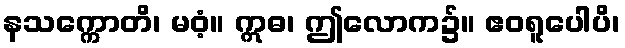
နသက္ကောတိ၊ မဝံ့။ ဣဓ၊ ဤလောက၌။ ဧဝရူပေါပိ၊